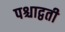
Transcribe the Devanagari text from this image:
पश्चाद्वती